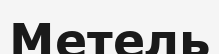
Метель